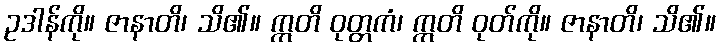
ဥဒါန်ကို။ ဇာနာတိ၊ သိ၏။ ဣတိ ဝုတ္တကံ၊ ဣတိ ဝုတ်ကို။ ဇာနာတိ၊ သိ၏။